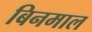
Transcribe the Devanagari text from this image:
बिनमाल